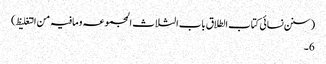
(سنن نسائی کتاب الطلاق باب الثلاث المجموعہ ومافیہ من التغلیظ)
6۔